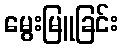
မွေးမြူခြင်း